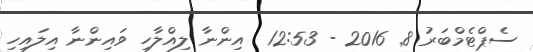
ސެޕްޓެމްބަރު 8